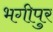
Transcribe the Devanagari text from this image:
भगीपुर